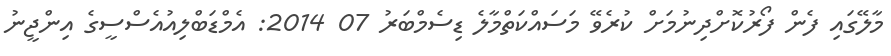
މާލޭގައި ފެން ފޯރުކޮށްދިނުމަށް ކުރެވޭ މަސައްކަތްމާލެ ޑިސެމްބަރު 07 2014: އެމްޑަބްލިއުއެސްސީގެ އިންޖީނު